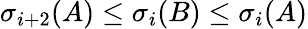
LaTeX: \sigma_{i+2}(A)\leq\sigma_{i}(B)\leq\sigma_{i}(A)